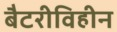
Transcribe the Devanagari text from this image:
बैटरीविहीन